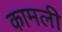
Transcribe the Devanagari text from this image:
कामली